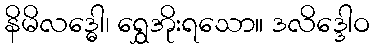
နိမိလဒ္ဓေါ၊ ရွှေအိုးရသော။ ဒလိဒ္ဒေါဝ